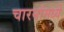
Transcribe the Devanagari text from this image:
चारनांमध्ये